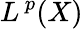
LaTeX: L^{\, p}(X)